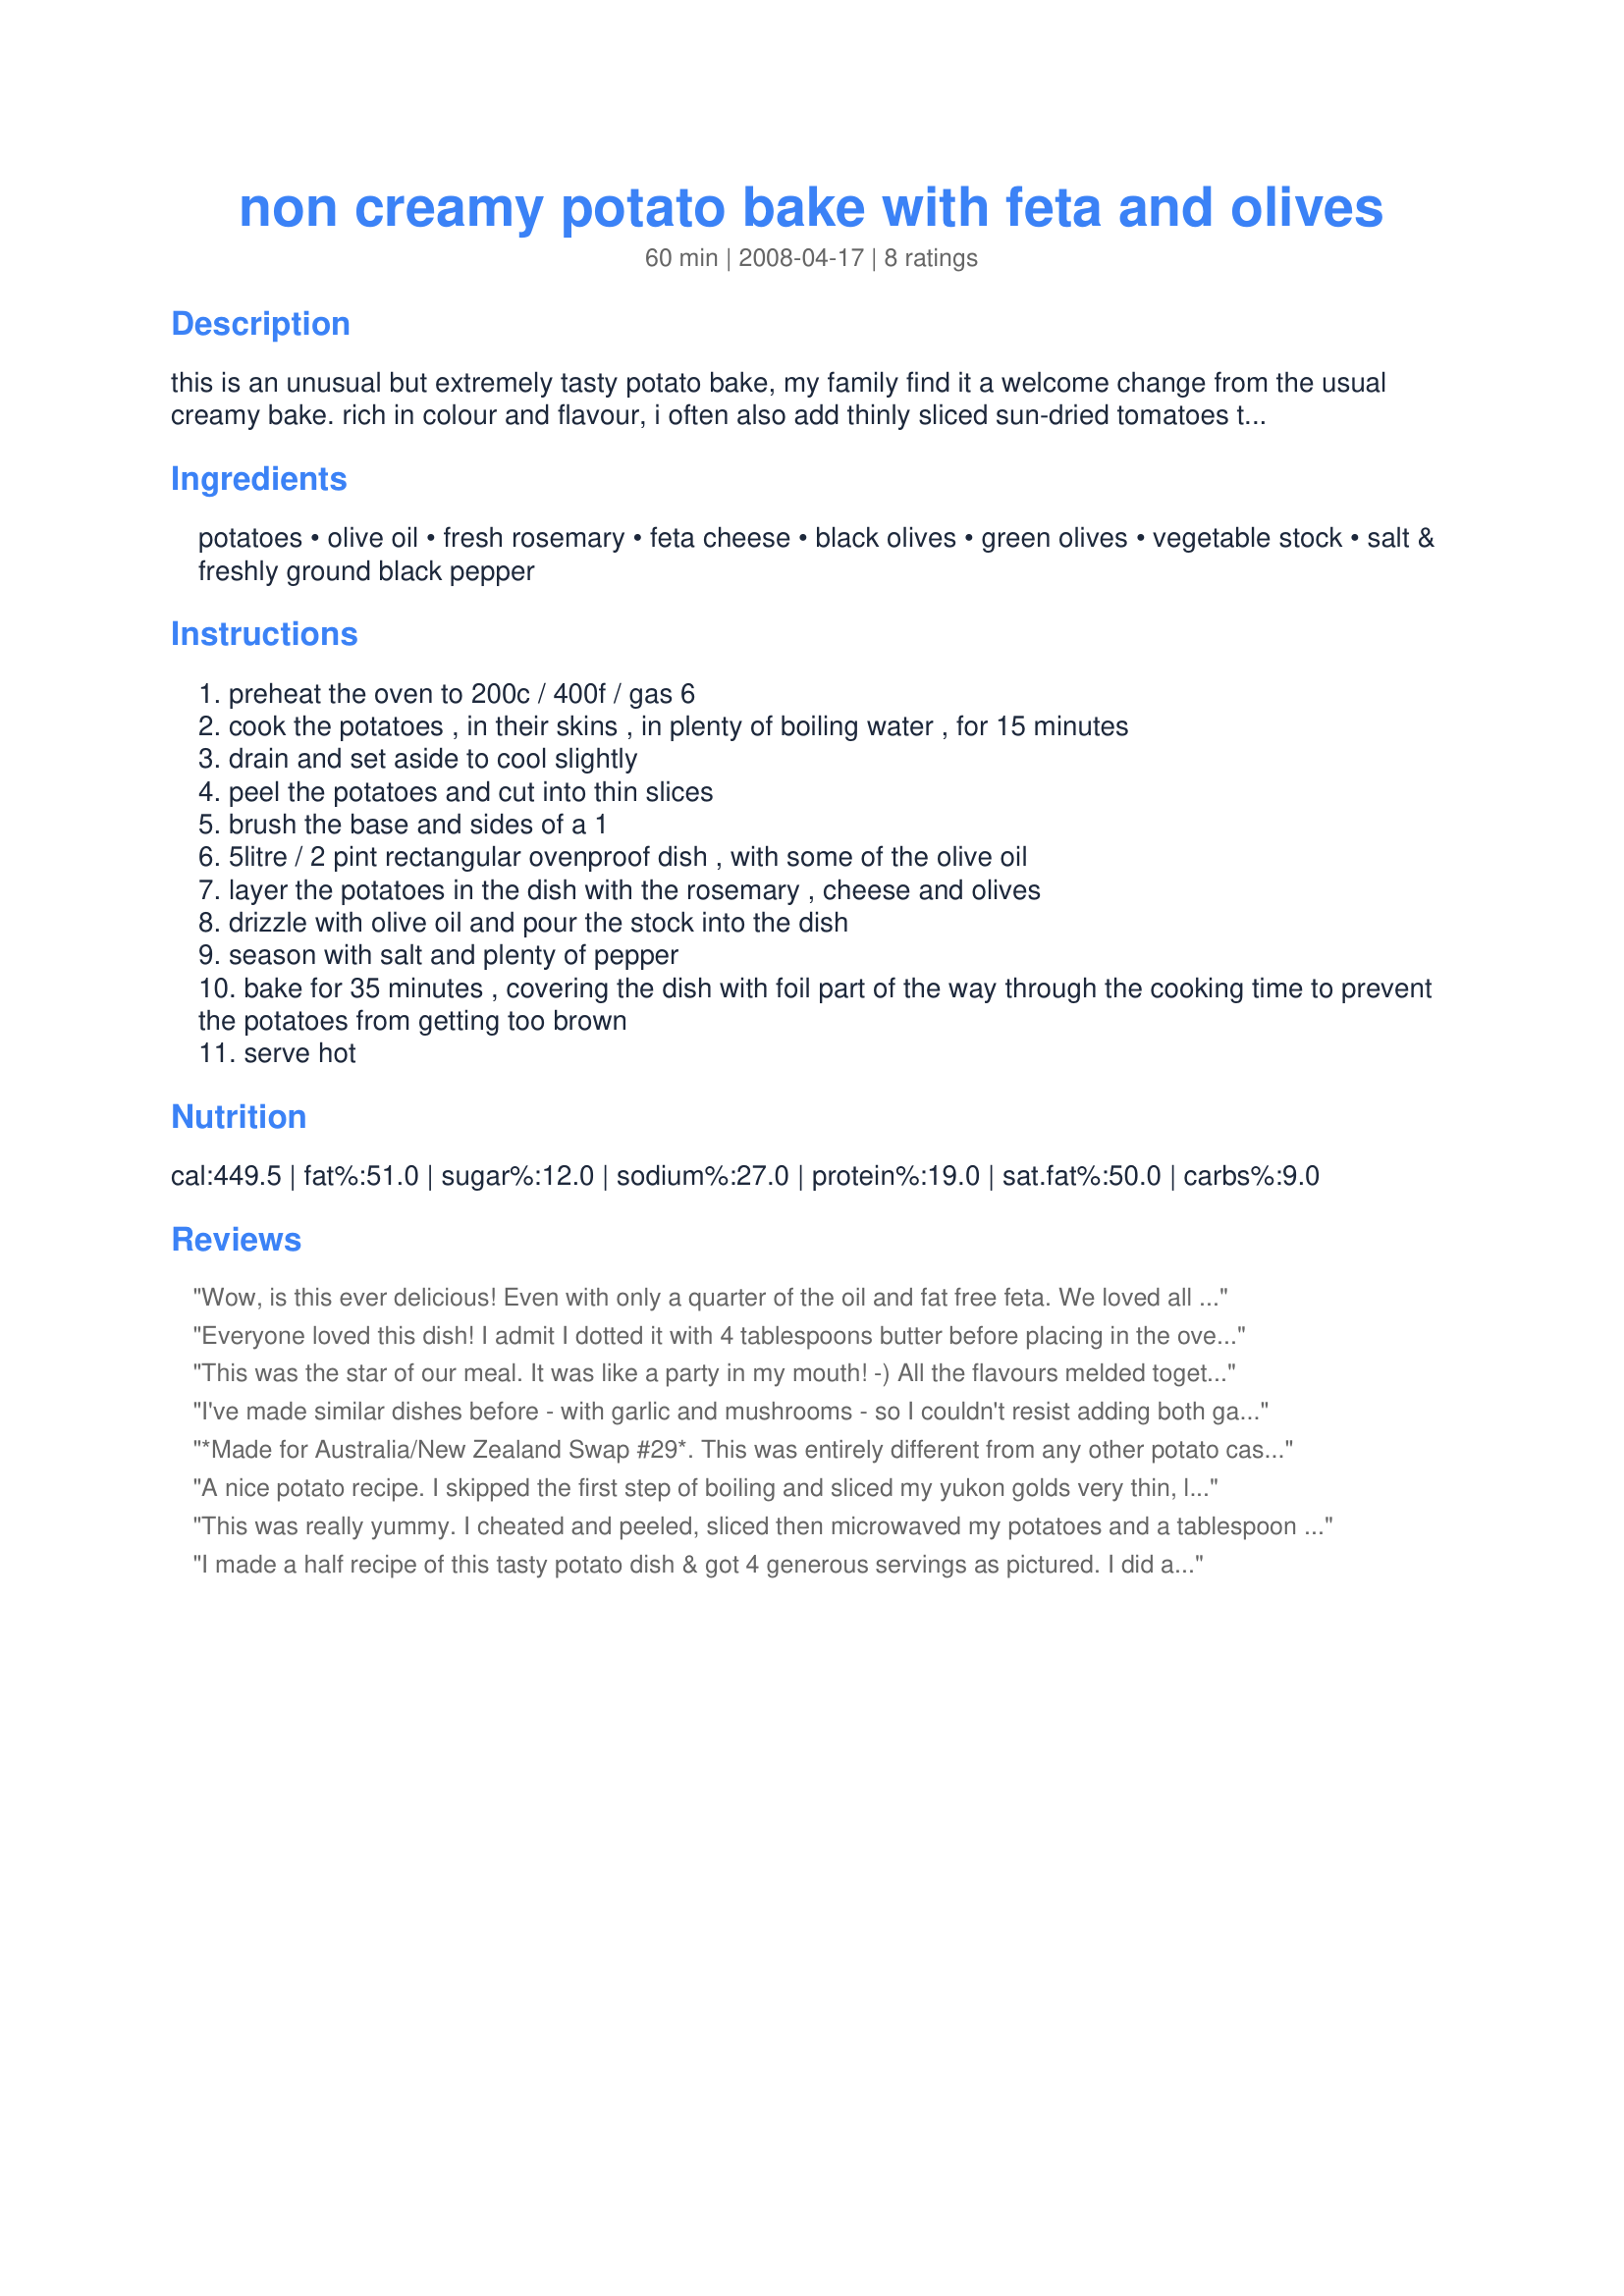
non creamy potato bake with feta and olives
Preparation time: 60 minutes

this is an unusual but extremely tasty potato bake, my family find it a welcome change from the usual creamy bake. rich in colour and flavour, i often also add thinly sliced sun-dried tomatoes to this, about 100g, which lends a nice tang.
it comes from the vegetarian kitchen.

nb no matter how i try, in the ingredient list, 'potatoes' is showing up as 'potato'.... its supposed to be plural! that would be one big potato!!

Ingredients:
potatoes, olive oil, fresh rosemary, feta cheese, black olives, green olives, vegetable stock, salt & freshly ground black pepper

Steps:
preheat the oven to 200c / 400f / gas 6
cook the potatoes , in their skins , in plenty of boiling water , for 15 minutes
drain and set aside to cool slightly
peel the potatoes and cut into thin slices
brush the base and sides of a 1
5litre / 2 pint rectangular ovenproof dish , with some of the olive oil
layer the potatoes in the dish with the rosemary , cheese and olives
drizzle with olive oil and pour the stock into the dish
season with salt and plenty of pepper
bake for 35 minutes , covering the dish with foil part of the way through the cooking time to prevent the potatoes from getting too brown
serve hot

Reviews:
Wow, is this ever delicious! Even with only a quarter of the oil and fat free feta. We loved all the ingredients in it, especially the olives (I used Kalamata and Manzanilla) and (the optional) sun dried tomatoes. Tonight when we made this again, I added a caramelied onion as well. This was a favorite the first time I made it, and now I am upgrading it to my best of the year cookbook!
Everyone loved this dish! I admit I dotted it with 4 tablespoons butter before placing in the oven. Otherwise, made as directed. Loved the rosemary! Thanks, Karen Elizabeth! Made for Best of 2012 tag game as recommended by Maito.
This was the star of our meal. It was like a party in my mouth! -)

All the flavours melded together so well.

Thank you so much for sharing this winner.

Made as part of the Zaar Aus/Nz recipe swap # 21, October 2008
I've made similar dishes before - with garlic and mushrooms - so I couldn't resist adding both garlic and mushrooms - but I otherwise made this pretty much to the recipe, except I didn't have any green olives on hand so I used kalamata olives which I always have in the fridge. Loved the feta and rosemary with the olives. A very tasty dish, Karen: easy to make and very adaptable! Thank you for sharing it!
*Made for Australia/New Zealand Swap #29*. This was entirely different from any other potato casserole I have prepared. Somehow, I felt that the addition of some grated cheese would be a welcome taste. I did thinly slice the raw potatoes and cover them with foil for 45 minutes in a 375* oven. Thanks for posting, karen Elizabeth.
A nice potato recipe. I skipped the first step of boiling and sliced my yukon golds very thin, leaving the skin on. I used roasted garlic infused olive oil which was tasty in this dish. I covered the dish and cooked it on 350 degrees for 30 minutes, then turned off the oven and let them sit in there for another 30 minutes. Right before serving I popped them uncovered into the broiler. They were perfectly cooked. Made for MAKE MY RECIPE.
This was really yummy. I cheated and peeled, sliced then microwaved my potatoes and a tablespoon of water, covered with cling film, for 5 minutes. I had no rosemary but used fresh thyme instead-it was GOOD I took twissis's advice and reduced the oil too.
I made a half recipe of this tasty potato dish & got 4 generous servings as pictured. I did add garlic (a pers pref must for me) & topped w/some scattered chives, but otherwise made as written ~ carefully measuring & weighing all ingredients. The potatoes were well-flavored w/excellent texture. My only issue is the amt of oil & stock which IMO it is twice the amt needed. The pre-cooked potatoes take on the flavors, but absorb little liquid. I had enough left in the baking dish for a 2nd half recipe & correcting this will improve the nutritional data. Next time I will be sure to have the sun-dried tomatoes on hand as suggested. Thx for sharing this tasty recipe w/us. :-)
